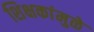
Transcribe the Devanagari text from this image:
शिक्षकांमुळे